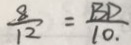
\frac { 8 } { 1 2 } = \frac { B D } { 1 0 \cdot }